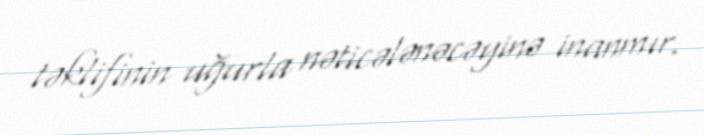
təklifinin uğurla nəticələnəcəyinə inanmır.